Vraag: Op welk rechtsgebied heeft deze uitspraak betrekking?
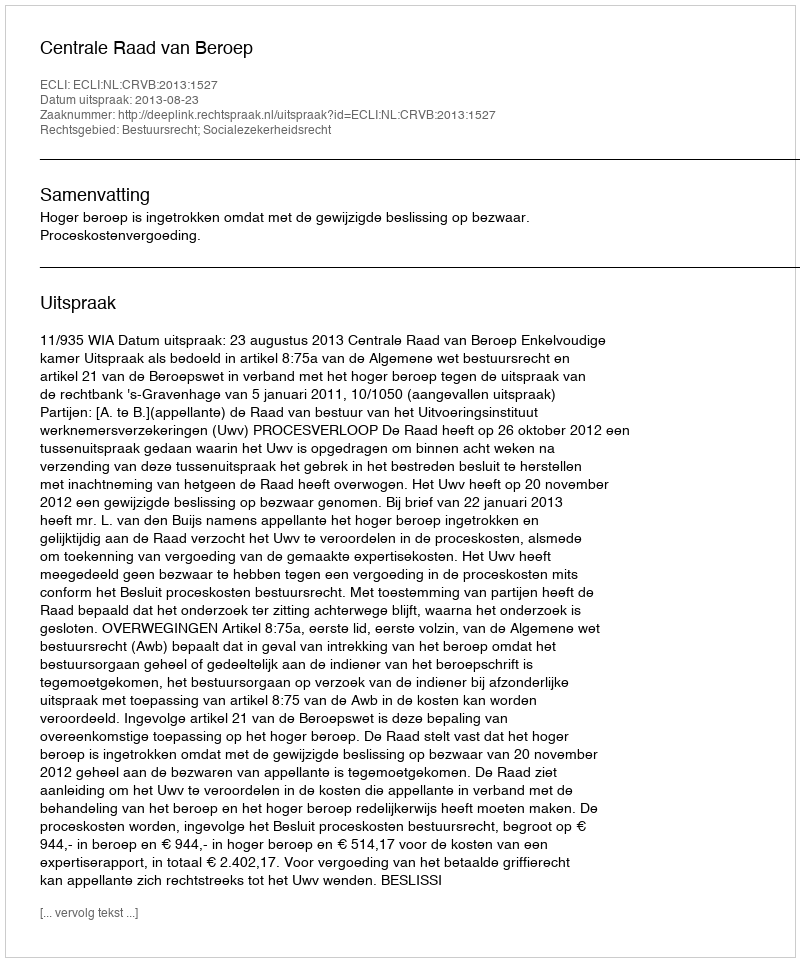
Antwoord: Bestuursrecht; Socialezekerheidsrecht